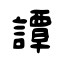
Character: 譚